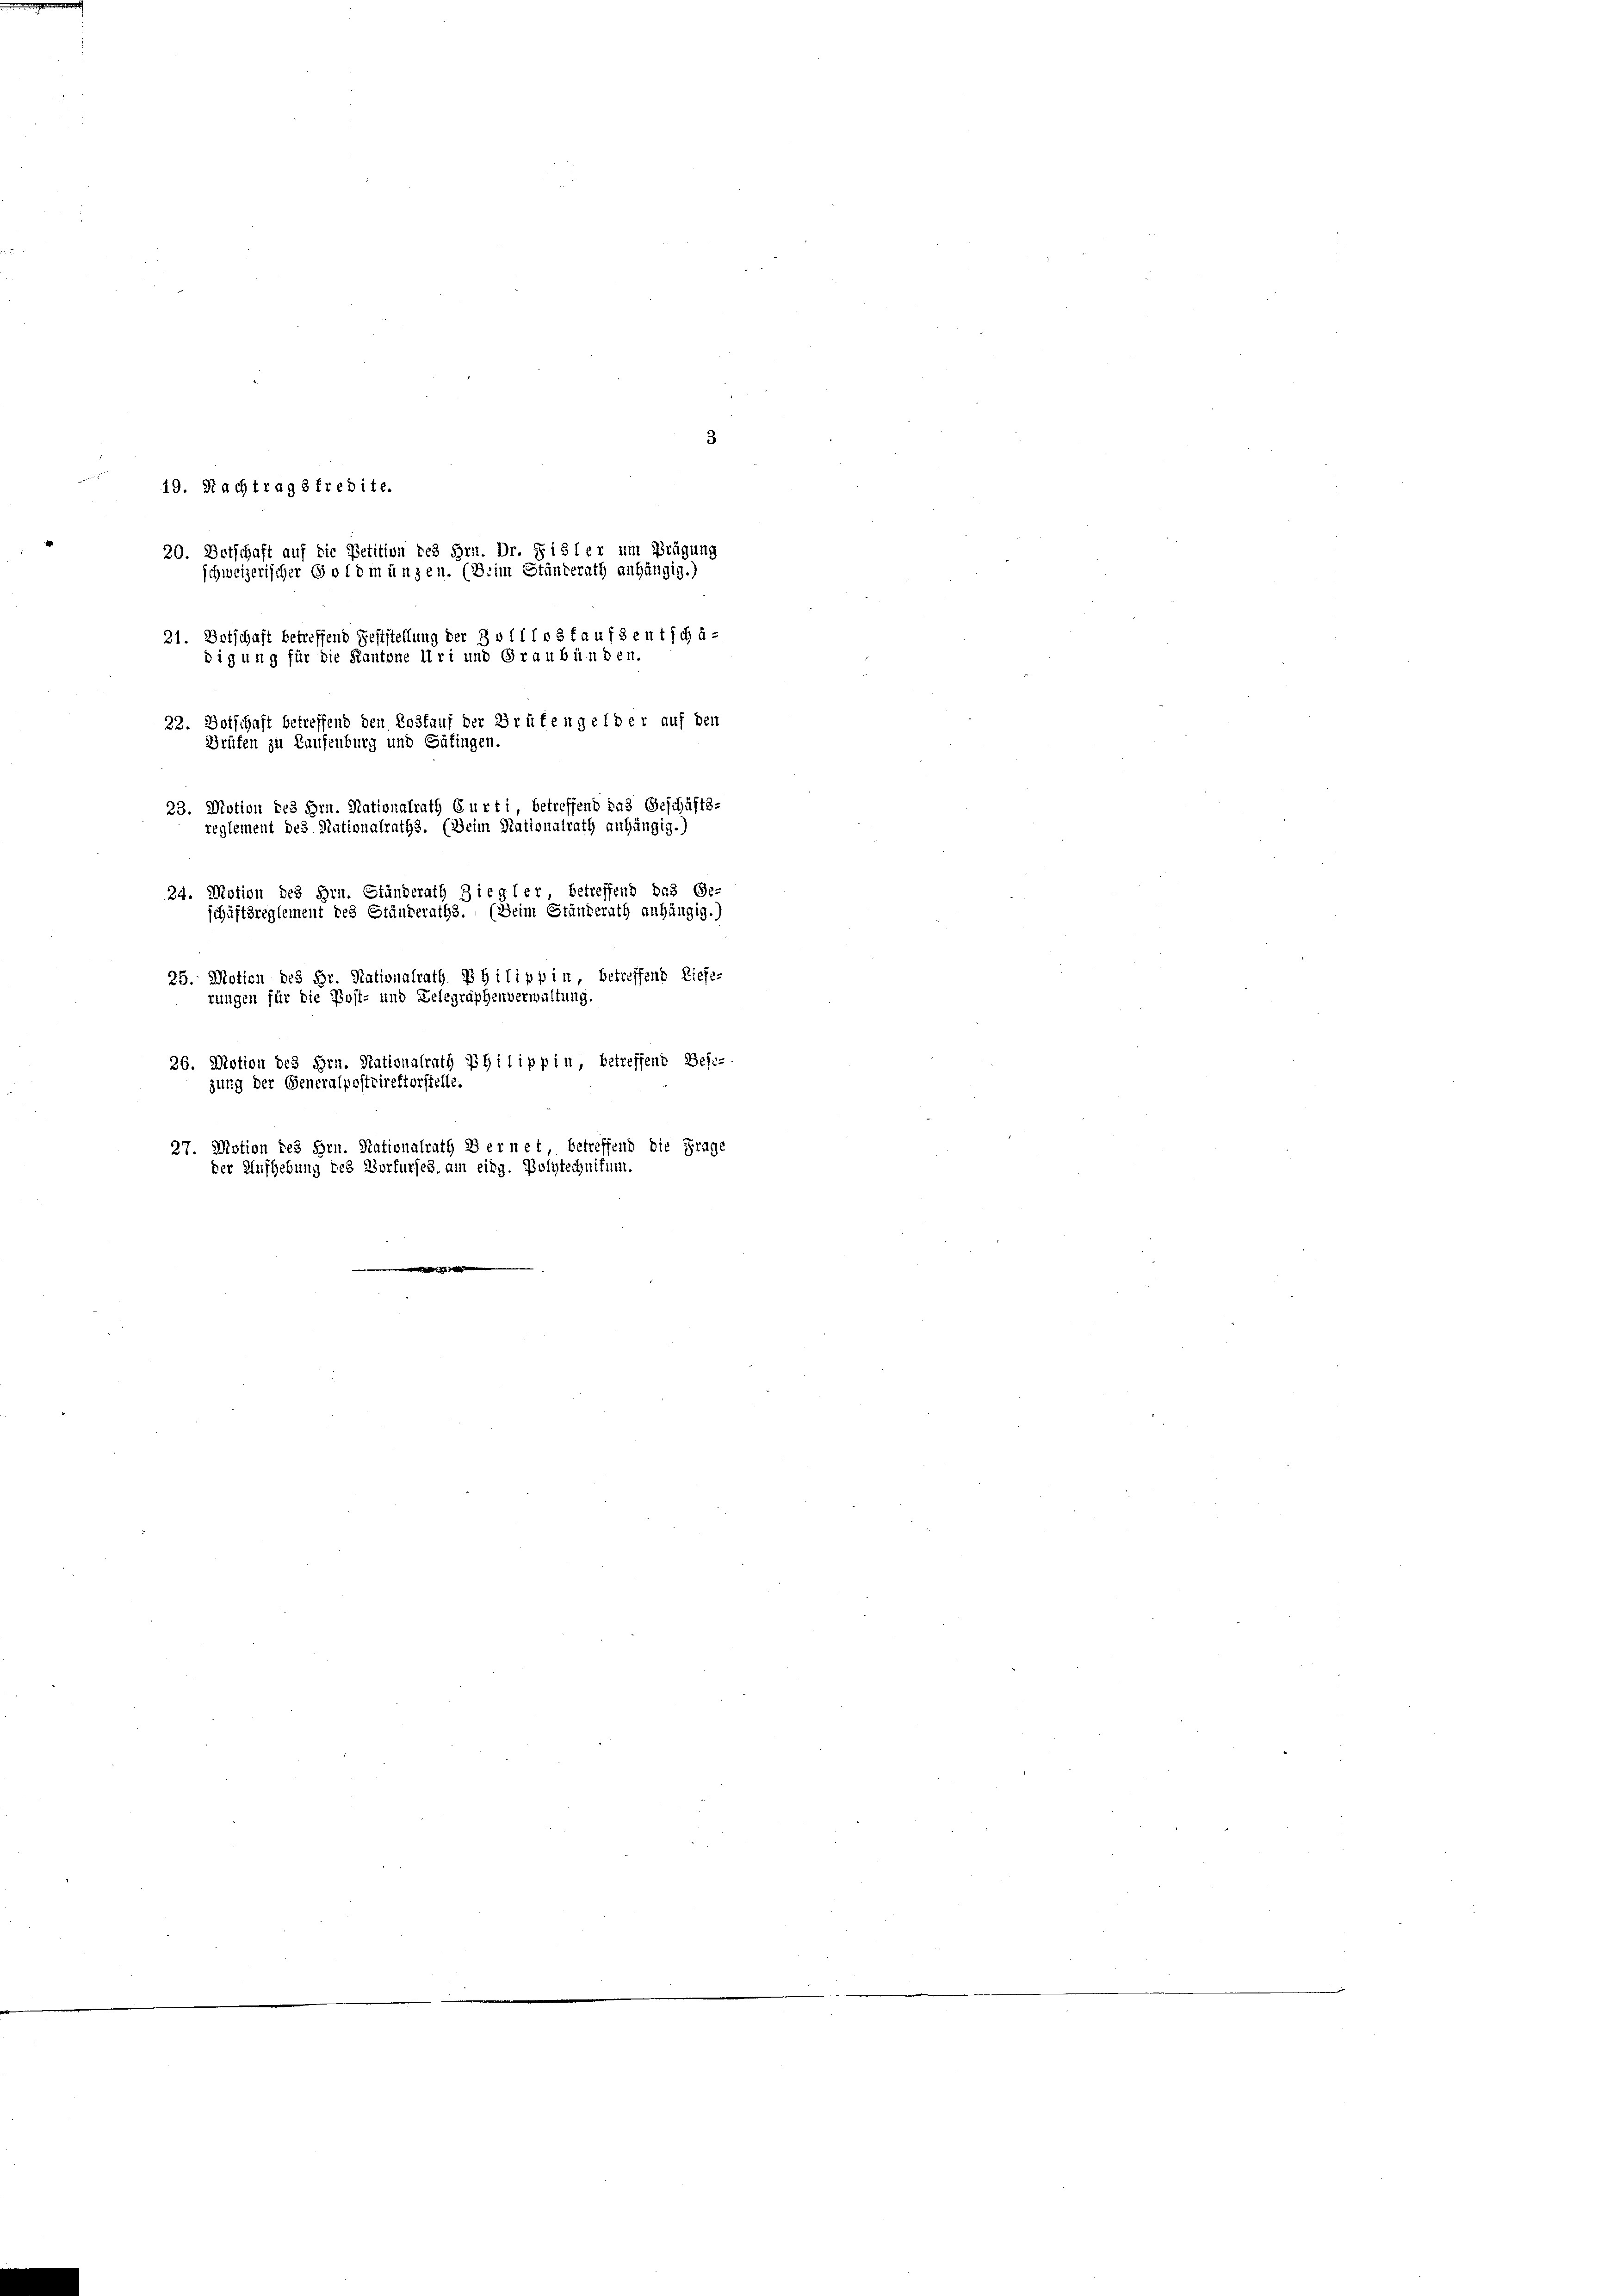
3
n
19. Nachtrags fredite.
20. Betschaft auf die Petition des Hrn. Dr. § isler um Prägung
schweizerischer Gold in anzen. (Beim Ständerath anhängig.)
21. Botschaft betreffend Feststellung der 3 o 11103 faufsentschä-
digung für die Kantone Uri und Graubünde
22. Botschaft betreffend den Loskauf der Brüfengelder auf den
Brüfen zu Laufenburg und Satingen.
23. Motion des Hrn. Nationalrath Curti betreffend das Geschäfts-
reglement des Nationalraths. (Beim Stationalrath anhängig.)
24. Motion des Hrn. Ständerath Ziegler, betreffend das Ge-
schäftsreglement des Ständeraths. (Beim Ständerath anhängig.)
25. Motion des Hr. Nationalrath Philippin, betreffend Liefe-
rungen für die Post- und Delegraphenverwaltung
26. Motion des Hrn. Nationalrath Philippin, betreffend Bese-
zung der Generalpostdirektorstelle.
27. Motion des Hrn. Stationalrath Bernet betreffend die Frage
der Aufhebung des Vorfurses, am eidg. Polytechnitum.